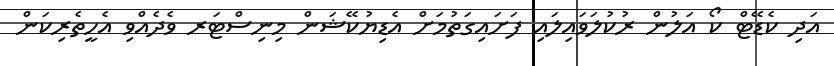
އަދި ކެޑޭޓް ކޯ އަލުން ރުކުލަވައިލައި ފަށައިގަތުމަށް އެޑިޔުކޭޝަން މިނިސްޓަރ ވެދެއްވި އެހީތެރިކަން